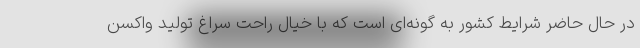
در حال حاضر شرایط کشور به گونه‌ای است که با خیال راحت سراغ تولید واکسن